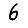
Digit: 6